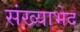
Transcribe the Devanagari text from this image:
संख्याभेद